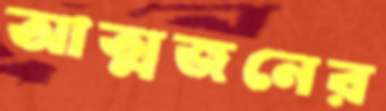
আত্মজনের